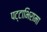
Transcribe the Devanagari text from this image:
पट्टाभिरामा